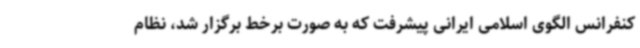
کنفرانس الگوی اسلامی ایرانی پیشرفت که به صورت برخط برگزار شد، نظام